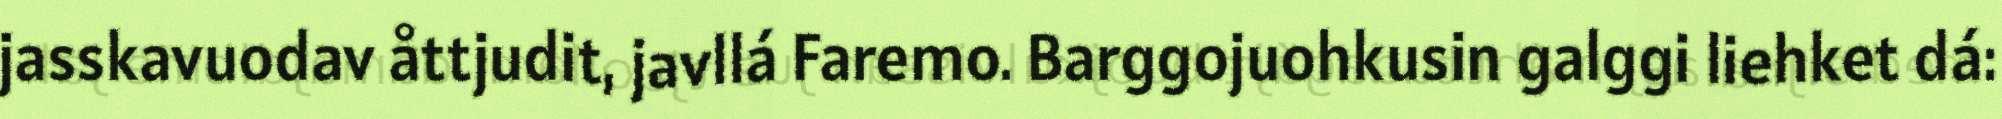
jasskavuodav åttjudit, javllá Faremo. Barggojuohkusin galggi liehket dá: